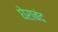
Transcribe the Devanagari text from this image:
घेराबंद